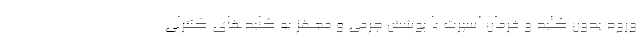
ورود بدون کلید و فرمان اسپرت با پوشش چرمی و مجهز به کلیدهای کنترلی